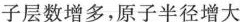
子层数增多，原子半径增大